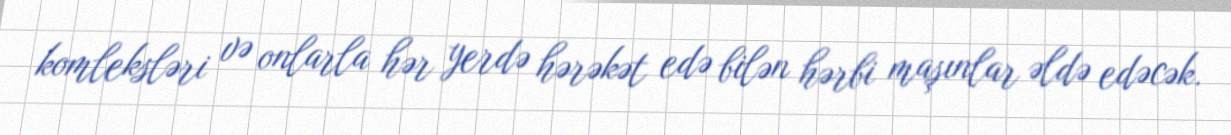
komleksləri və onlarla hər yerdə hərəkət edə bilən hərbi maşınlar əldə edəcək.